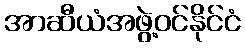
အာဆီယံအဖွဲ့ဝင်နိုင်ငံ